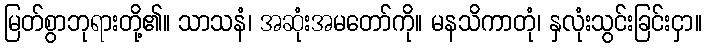
မြတ်စွာဘုရားတို့၏။ သာသနံ၊ အဆုံးအမတော်ကို။ မနသိကာတုံ၊ နှလုံးသွင်းခြင်းငှာ။